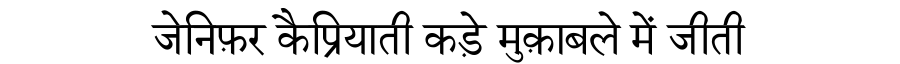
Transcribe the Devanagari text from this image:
जेनिफ़र कैप्रियाती कड़े मुक़ाबले में जीती